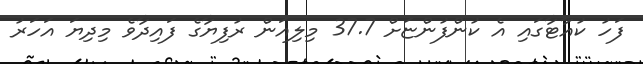
ފަހު ކުއާޓާގައި އެ ކުންފުންޏަށް 37.7 މިލިއަން ރުފިޔާގެ ފައިދާވެ މިދިޔަ އަހަރު